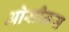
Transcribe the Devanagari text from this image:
ओसीनस